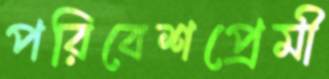
পরিবেশপ্রেমী